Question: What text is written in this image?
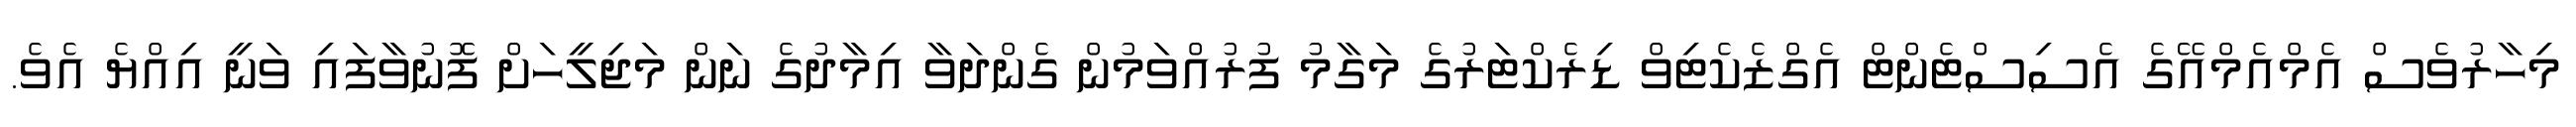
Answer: މިހާރުވެސް އެމްއެމްއޭގެ އެސިސްޓެންޓް އެގްޒެކެޓިވް ޑިރެކްޓަރުގެ މަގާމު ފުރުއްވަމުން ގެންދަވާ އިމާދުގެ ނަން މަޖިލީހަށް ފޮނުވާފައި ވަނީ އިއްޔެ އެވެ.